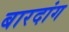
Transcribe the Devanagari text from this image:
बारदांग